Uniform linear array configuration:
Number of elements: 64
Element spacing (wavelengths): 0.25
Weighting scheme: exponential
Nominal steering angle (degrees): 30
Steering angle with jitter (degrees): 28.321
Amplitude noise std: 0.05
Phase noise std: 0.05

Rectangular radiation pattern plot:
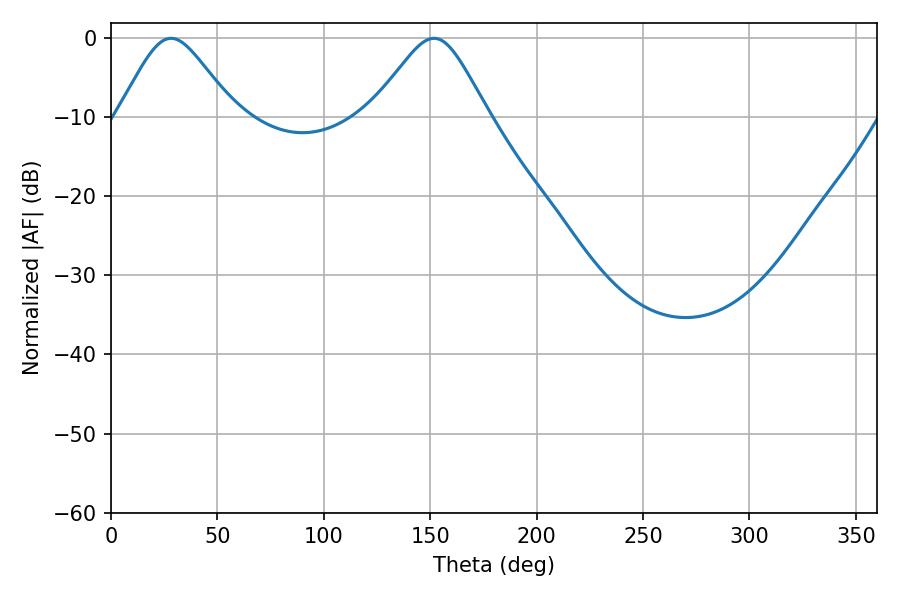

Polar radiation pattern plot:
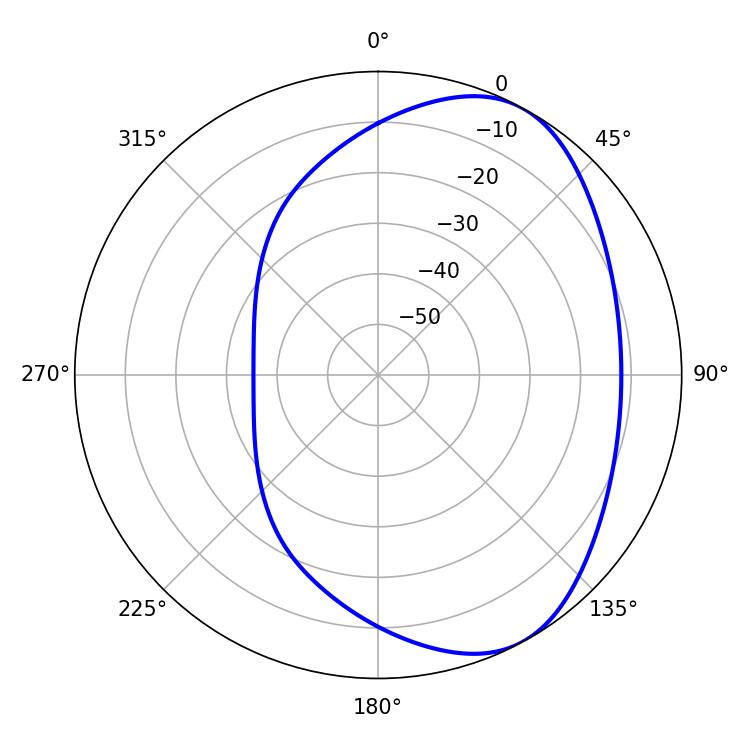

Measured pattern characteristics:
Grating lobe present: FALSE
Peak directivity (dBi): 5.315
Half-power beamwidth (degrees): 26.64
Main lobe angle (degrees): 28.26